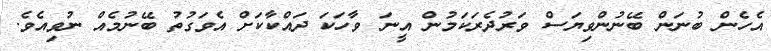
އެހެން ބުނަން ބޭނުންވިޔަސް ވަރުދެރަކަމުން އީނަ ވާހަކަ ދައްކާކަށް އެވަގުތު ބޭނުމެއް ނުވިއެވެ.